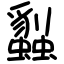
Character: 蠫